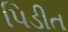
પિડીત